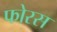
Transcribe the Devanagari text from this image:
फोरस